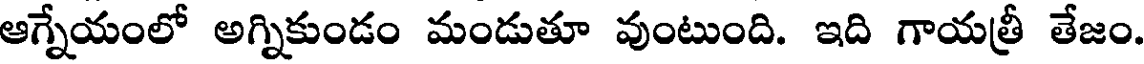
ఆగ్నేయంలో అగ్నికుండం మండుతూ వుంటుంది. ఇది గాయత్రీ తేజం.